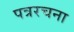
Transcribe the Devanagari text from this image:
पत्ररचना